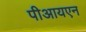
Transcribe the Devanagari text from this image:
पीआयएन